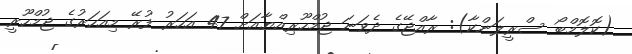
(ކޮލޮމްބޯ ސްރީލަންކާ): ރާއްޖޭގެ ދެވަނަ ޖުމްހޫރިއްޔާއަށް 47 އަހަރު ފުރޭ މިއަހަރުގެ ޖުމްހޫރީ